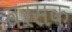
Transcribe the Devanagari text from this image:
वरसक